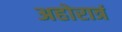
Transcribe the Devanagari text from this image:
अहोरात्रं